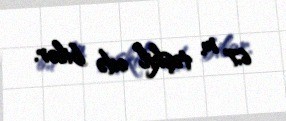
6,7 m təşkil edə bilər.